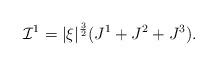
LaTeX: \begin{align*}\mathcal{I}^{1}=|\xi|^{\frac{3}{2}}(J^{1}+J^{2}+J^{3}).\end{align*}